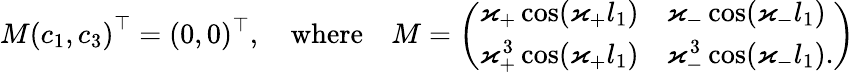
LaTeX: M\left(c_{1},c_{3}\right)^{\top}=(0,0)^{\top},\quad\mathrm{where}\quad M=\left(\begin{array}{ll}{\varkappa_{+}\cos(\varkappa_{+}l_{1})}&{\varkappa_{-}\cos(\varkappa_{-}l_{1})}\\ {\varkappa_{+}^{3}\cos(\varkappa_{+}l_{1})}&{\varkappa_{-}^{3}\cos(\varkappa_{-}l_{1}).}\end{array}\right)